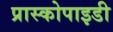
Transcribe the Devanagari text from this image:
प्रास्कोपाइडी